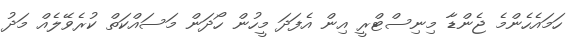
ހަމައެހެންމެ ޖެންޑާ މިނިސްޓްރީ އިން އެފަދަ މީހުން ހޯދަން މަސައްކަތް ކުރެވޭލެއް މަދު